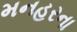
મનહરના